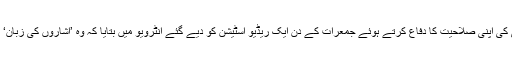
ساتھ ہی، اُنھوں نے ترجمانی کی اپنی صلاحیت کا دفاع کرتے ہوئے جمعرات کے دِن ایک ریڈیو اسٹیشن کو دیے گئے انٹرویو میں بتایا کہ وہ ’اشاروں کی زبان‘ کے ’چمپئن‘ شمار ہوتے ہیں۔